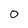
Character: 0